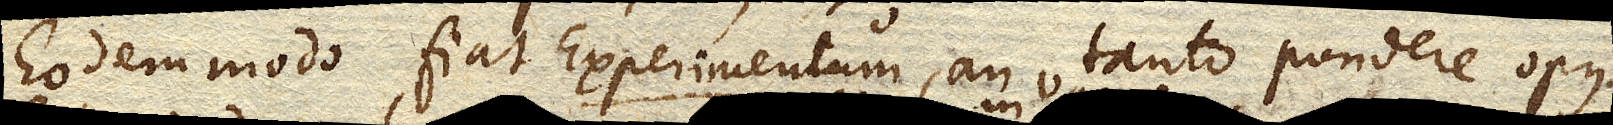
Eodem modo fiat Experimentum, an tanto pondere opus